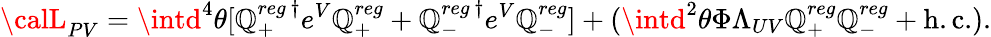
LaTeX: {\calL}_{PV}=\intd^{4}\theta[\mathbb{Q}_{+}^{reg~\dagger}e^{V}\mathbb{Q}_{+}^{reg}+\mathbb{Q}_{-}^{reg~\dagger}e^{V}\mathbb{Q}_{-}^{reg}]+(\intd^{2}\theta\Phi\Lambda_{UV}\mathbb{Q}_{+}^{reg}\mathbb{Q}_{-}^{reg}+\mathrm{{h.c.}}).